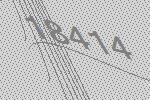
18414